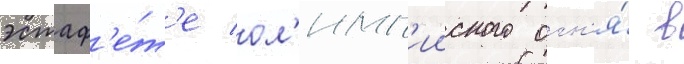
эстаф'е́т'е ол'имп'ииского огн'я́ в